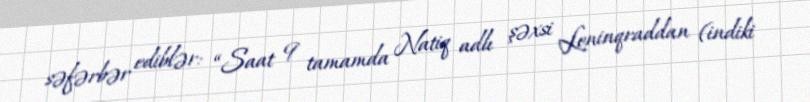
səfərbər ediblər: “Saat 9 tamamda Natiq adlı şəxsi Leninqraddan (indiki